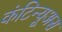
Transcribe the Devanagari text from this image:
कंटिन्यूअस